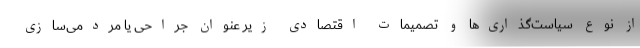
از نوع سیاست‌گذاری‌ها و تصمیمات اقتصادی زیر عنوان جراحی یا مردمی‌سازی